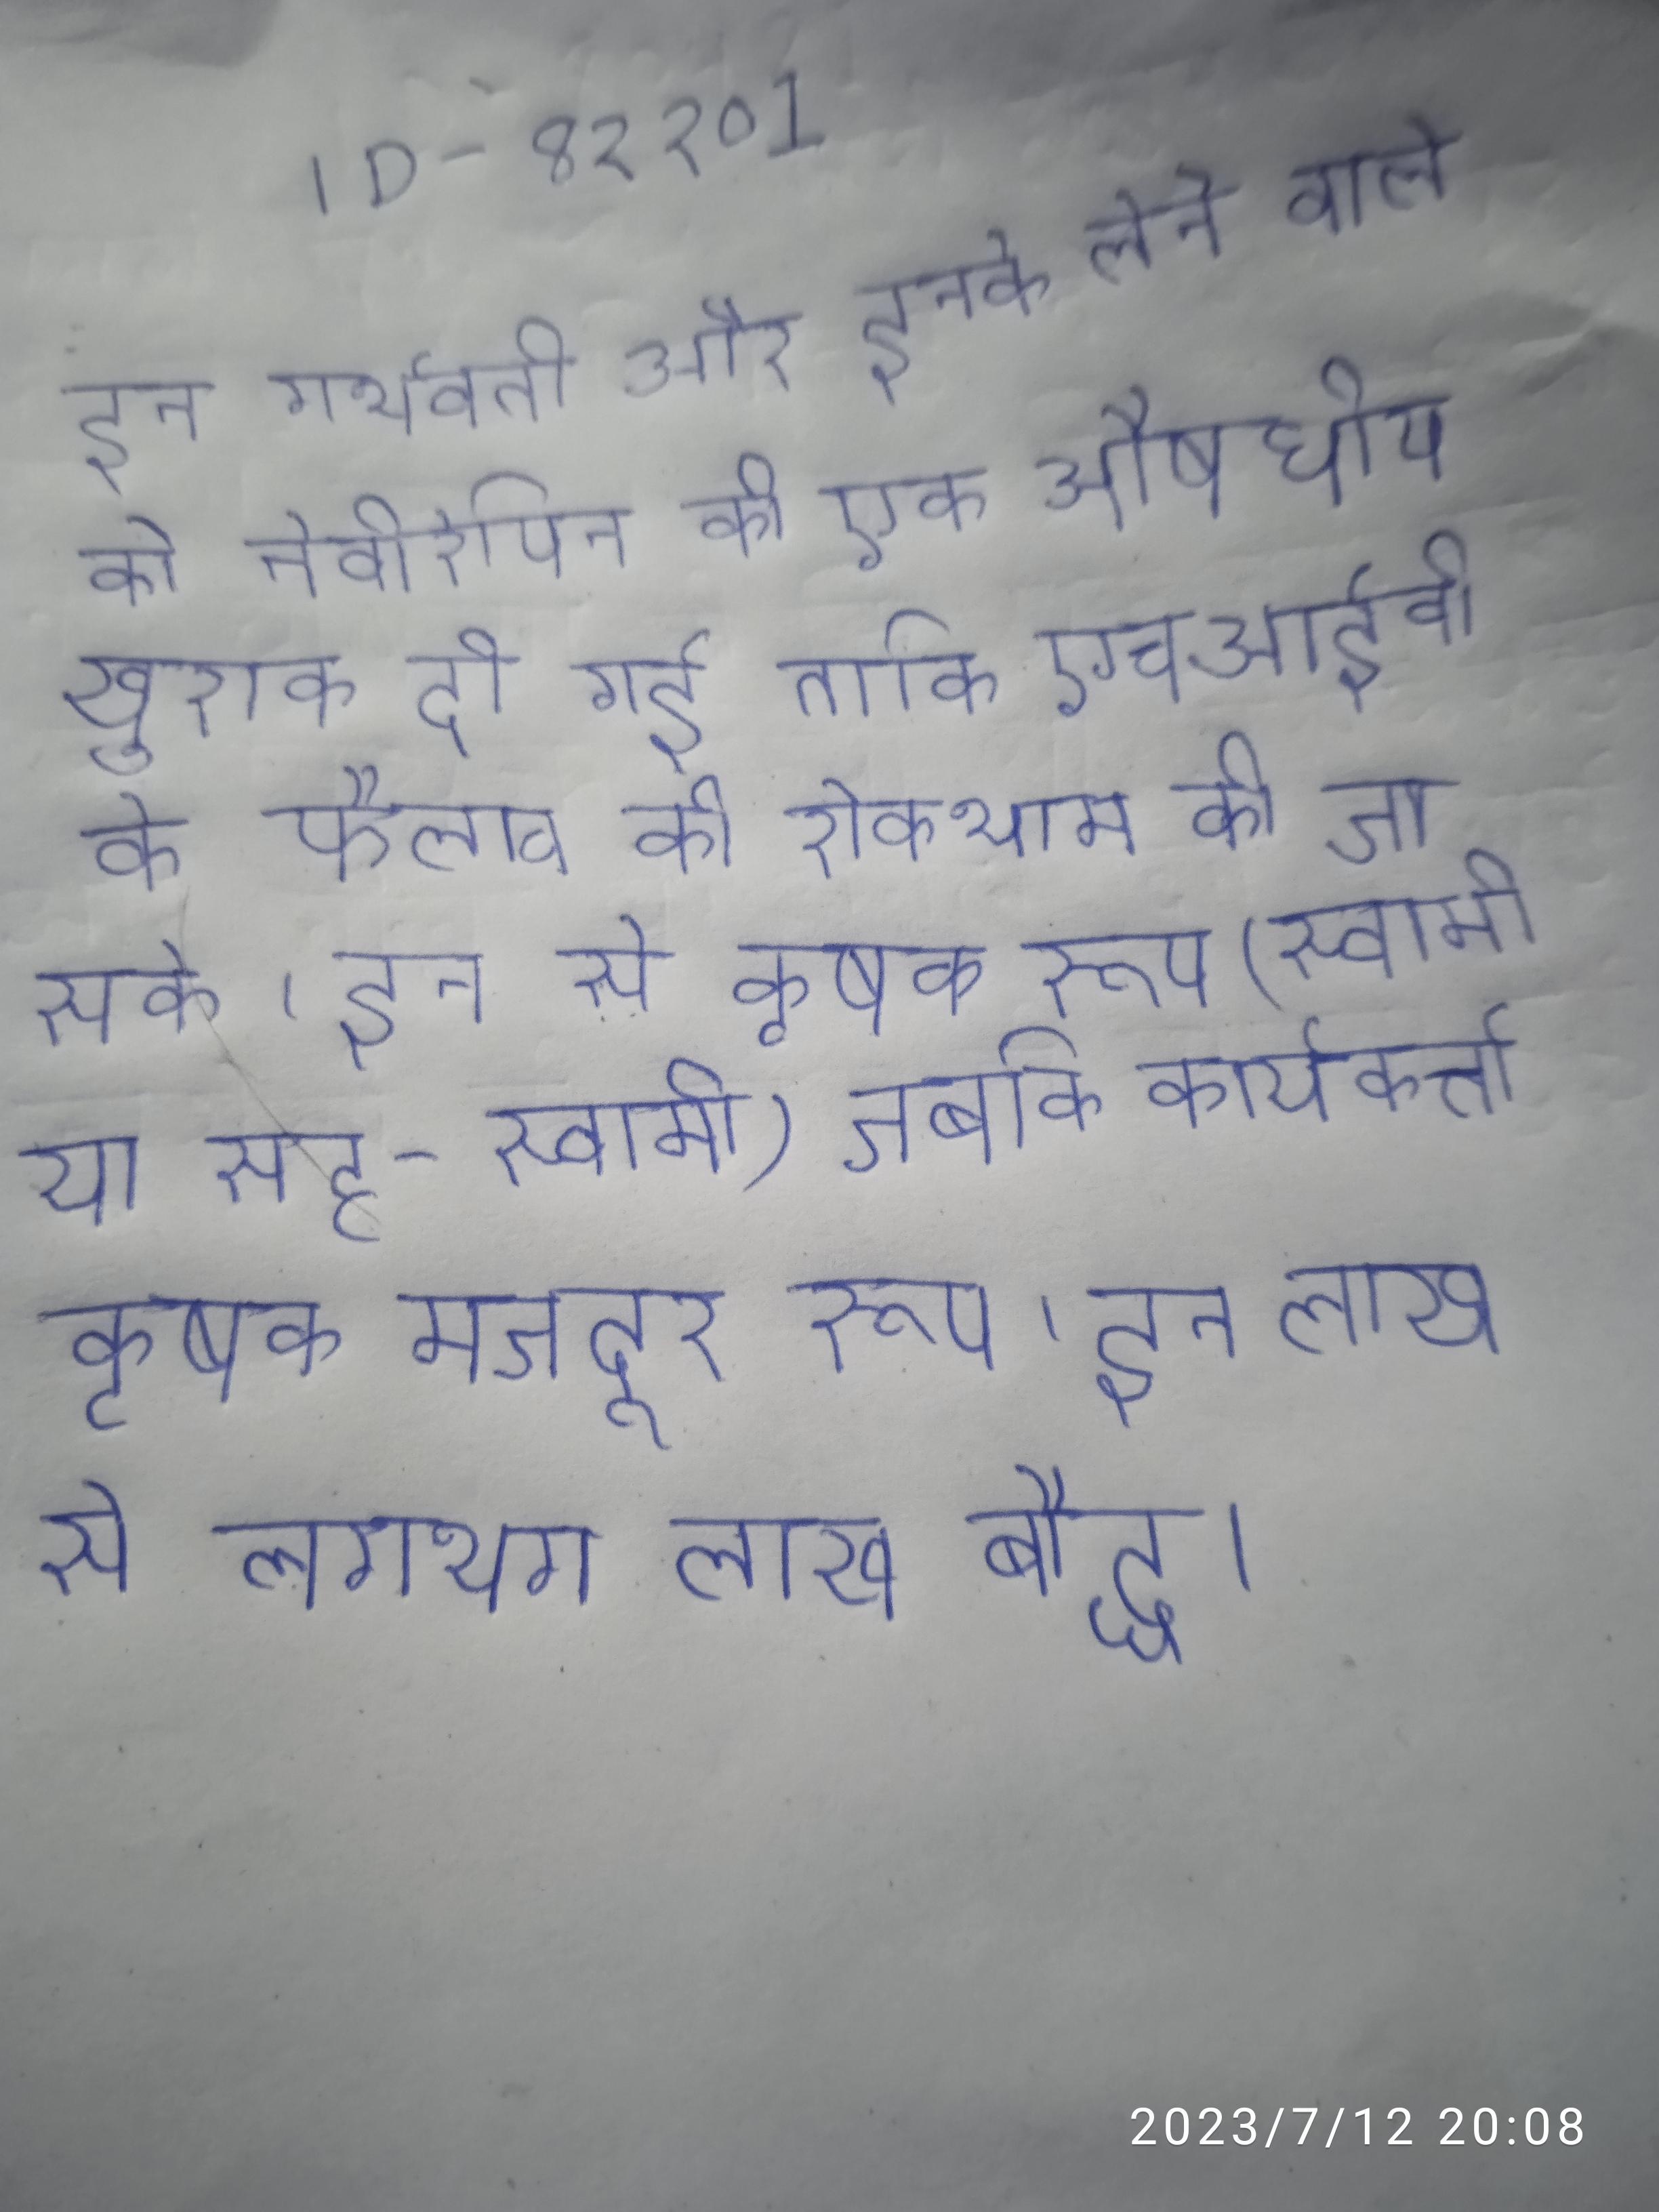
इन गर्भवती और इनके लेने वाले को नेवीरेपिन की एक औषधीय खुराक दी गई ताकि एचआईवी के फैलाव की रोकथाम की जा सके । इन से कृषक रूप (स्वामी या सह-स्वामी) जबकि कार्यकर्त्ता कृषक मजदूर रूप । इन लाख से लगभग लाख बौद्ध ।